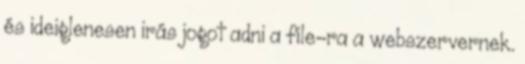
és ideiglenesen irás jogot adni a file-ra a webszervernek.